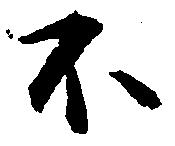
不